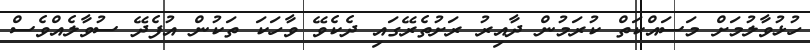
ހުޅުވާލުމަށް މަސައްކަތް ކުރަމުން ދާއިރު ރަށުތެރޭގައި ދެކެވޭ ވާހަކަ ތަކުން އުފެދޭ ސުވާލެއްވެސް